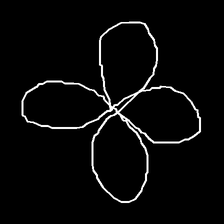
Glyph: billowing